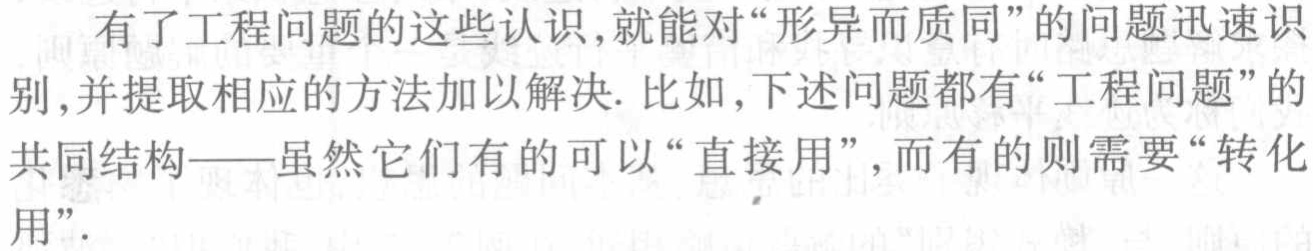
有了工程问题的这些认识,就能对“形异而质同”的问题迅速识别,并提取相应的方法加以解决. 比如,下述问题都有“工程问题”的共同结构——虽然它们有的可以“直接用”, 而有的则需要“转化用”.